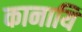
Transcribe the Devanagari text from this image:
कानायि